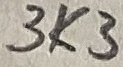
Text: 3K3